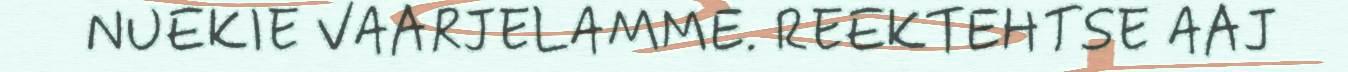
NUEKIE VAARJELAMME. REEKTEHTSE AAJ